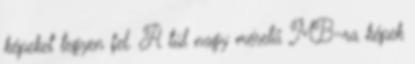
képeket tegyen fel. A túl nagy méretű MB-ra képek